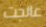
عالجت